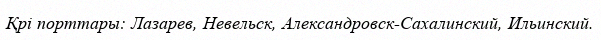
Қрі порттары: Лазарев, Невельск, Александровск-Сахалинский, Ильинский.